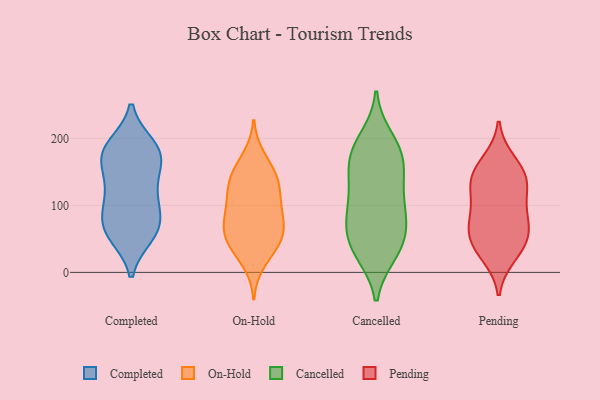
{"axis": {"x": "Production Output", "y": "Value"}, "legend": ["Cancelled", "Completed", "On-Hold", "Pending"], "data": [{"x": "", "y": 165, "type": "Completed"}, {"x": "", "y": 130, "type": "Completed"}, {"x": "", "y": 91, "type": "Completed"}, {"x": "", "y": 179, "type": "Completed"}, {"x": "", "y": 125, "type": "Completed"}, {"x": "", "y": 60, "type": "Completed"}, {"x": "", "y": 182, "type": "Completed"}, {"x": "", "y": 62, "type": "Completed"}, {"x": "", "y": 56, "type": "Completed"}, {"x": "", "y": 170, "type": "Completed"}, {"x": "", "y": 188, "type": "Completed"}, {"x": "", "y": 179, "type": "Completed"}, {"x": "", "y": 83, "type": "Completed"}, {"x": "", "y": 112, "type": "Completed"}, {"x": "", "y": 66, "type": "Completed"}, {"x": "", "y": 119, "type": "On-Hold"}, {"x": "", "y": 91, "type": "On-Hold"}, {"x": "", "y": 43, "type": "On-Hold"}, {"x": "", "y": 159, "type": "On-Hold"}, {"x": "", "y": 66, "type": "On-Hold"}, {"x": "", "y": 14, "type": "On-Hold"}, {"x": "", "y": 145, "type": "On-Hold"}, {"x": "", "y": 130, "type": "On-Hold"}, {"x": "", "y": 99, "type": "On-Hold"}, {"x": "", "y": 132, "type": "On-Hold"}, {"x": "", "y": 173, "type": "On-Hold"}, {"x": "", "y": 78, "type": "On-Hold"}, {"x": "", "y": 69, "type": "On-Hold"}, {"x": "", "y": 45, "type": "On-Hold"}, {"x": "", "y": 139, "type": "On-Hold"}, {"x": "", "y": 50, "type": "On-Hold"}, {"x": "", "y": 33, "type": "On-Hold"}, {"x": "", "y": 100, "type": "On-Hold"}, {"x": "", "y": 62, "type": "On-Hold"}, {"x": "", "y": 74, "type": "Cancelled"}, {"x": "", "y": 71, "type": "Cancelled"}, {"x": "", "y": 177, "type": "Cancelled"}, {"x": "", "y": 168, "type": "Cancelled"}, {"x": "", "y": 191, "type": "Cancelled"}, {"x": "", "y": 127, "type": "Cancelled"}, {"x": "", "y": 154, "type": "Cancelled"}, {"x": "", "y": 42, "type": "Cancelled"}, {"x": "", "y": 28, "type": "Cancelled"}, {"x": "", "y": 200, "type": "Cancelled"}, {"x": "", "y": 100, "type": "Cancelled"}, {"x": "", "y": 36, "type": "Cancelled"}, {"x": "", "y": 85, "type": "Cancelled"}, {"x": "", "y": 172, "type": "Cancelled"}, {"x": "", "y": 28, "type": "Cancelled"}, {"x": "", "y": 109, "type": "Cancelled"}, {"x": "", "y": 140, "type": "Cancelled"}, {"x": "", "y": 64, "type": "Cancelled"}, {"x": "", "y": 34, "type": "Pending"}, {"x": "", "y": 143, "type": "Pending"}, {"x": "", "y": 25, "type": "Pending"}, {"x": "", "y": 65, "type": "Pending"}, {"x": "", "y": 133, "type": "Pending"}, {"x": "", "y": 133, "type": "Pending"}, {"x": "", "y": 94, "type": "Pending"}, {"x": "", "y": 47, "type": "Pending"}, {"x": "", "y": 166, "type": "Pending"}, {"x": "", "y": 154, "type": "Pending"}, {"x": "", "y": 121, "type": "Pending"}, {"x": "", "y": 74, "type": "Pending"}, {"x": "", "y": 82, "type": "Pending"}, {"x": "", "y": 50, "type": "Pending"}]}